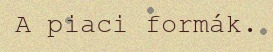
A piaci formák.